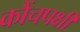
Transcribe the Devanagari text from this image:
कौंचपक्षी